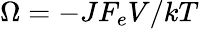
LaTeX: \Omega=-JF_{e}V/{kT}